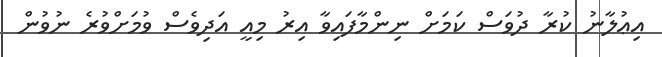
އިޢުލާނު ކުރާ ދުވަސް ކަމަށް ނިންމާފައިވާ އިރު މިއީ އަދިވެސް ވުމަށްވުރެ ނުވުން